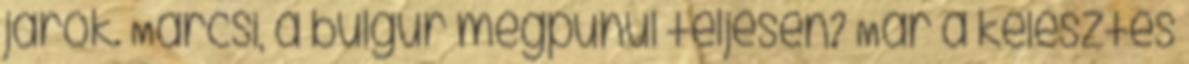
járok. Marcsi, a bulgur megpuhul teljesen? Már a kelesztés